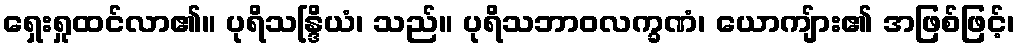
ရှေးရှုထင်လာ၏။ ပုရိသန္ဒြိယံ၊ သည်။ ပုရိသဘာဝလက္ခဏံ၊ ယောကျ်ား၏ အဖြစ်ဖြင့်၊